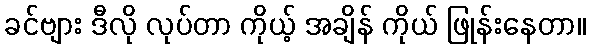
ခင်ဗျား ဒီလို လုပ်တာ ကိုယ့် အချိန် ကိုယ် ဖြုန်းနေတာ။